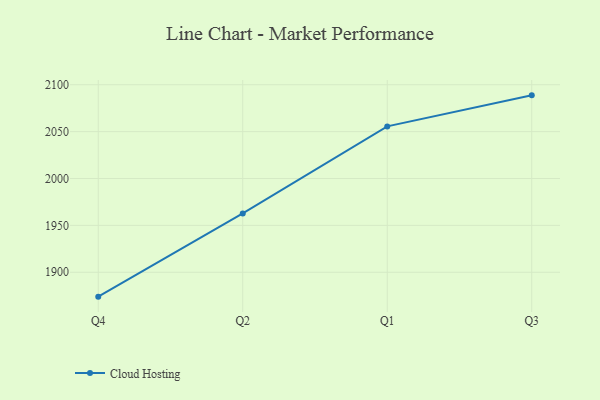
{"axis": {"x": "Quarter", "y": "Active Users"}, "legend": ["Cloud Hosting"], "data": [{"x": "Q4", "y": 1874.0, "type": "Cloud Hosting"}, {"x": "Q2", "y": 1962.7, "type": "Cloud Hosting"}, {"x": "Q1", "y": 2055.6, "type": "Cloud Hosting"}, {"x": "Q3", "y": 2088.7, "type": "Cloud Hosting"}]}